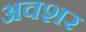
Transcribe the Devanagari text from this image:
अवशर